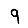
Digit: 9